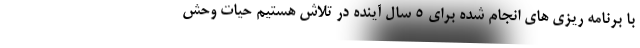
با برنامه ریزی های انجام شده برای 5 سال آینده در تلاش هستیم حیات وحش